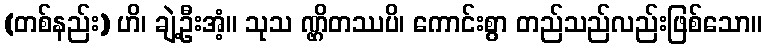
(တစ်နည်း) ဟိ၊ ချဲ့ဦးအံ့။ သုသ ဏ္ဌိတဿပိ၊ ကောင်းစွာ တည်သည်လည်းဖြစ်သော။